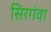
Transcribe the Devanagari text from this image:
सिरगंवा